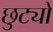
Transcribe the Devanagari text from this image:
छुट्यो